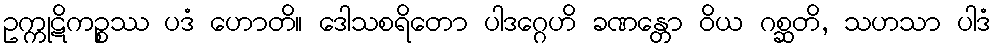
ဥက္ကုဋိကဉ္စဿ ပဒံ ဟောတိ။ ဒေါသစရိတော ပါဒဂ္ဂေဟိ ခဏန္တော ဝိယ ဂစ္ဆတိ, သဟသာ ပါဒံ